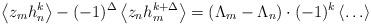
LaTeX: \begin{align*}\left\langle z_m h_n^k\right\rangle-(-1)^\Delta\left\langle z_n h_m^{k+\Delta}\right\rangle = \left(\Lambda_m - \Lambda_n\right)\cdot(-1)^k\left\langle\ldots\right\rangle\end{align*}